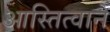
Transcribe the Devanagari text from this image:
आस्तित्वाने